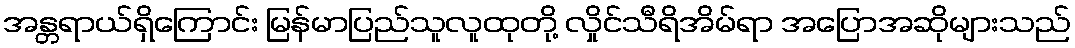
အန္တရာယ်ရှိကြောင်း မြန်မာပြည်သူလူထုတို့ လှိုင်သီရိအိမ်ရာ အပြောအဆိုများသည်